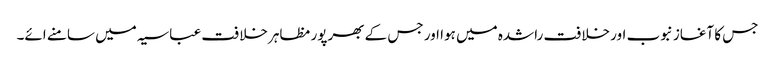
جس کا آغاز نبوب اور خلافت راشدہ میں ہوا اور جس کے بھرپور مظاہر خلافت عباسیہ میں سامنے ائے۔